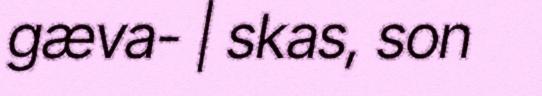
gæva- | skas, son